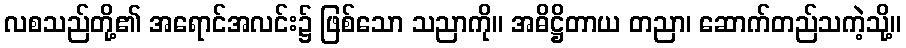
လစသည်တို့၏ အရောင်အလင်း၌ ဖြစ်သော သညာကို။ အဓိဋ္ဌိတာယ တညာ၊ ဆောက်တည်သကဲ့သို့။